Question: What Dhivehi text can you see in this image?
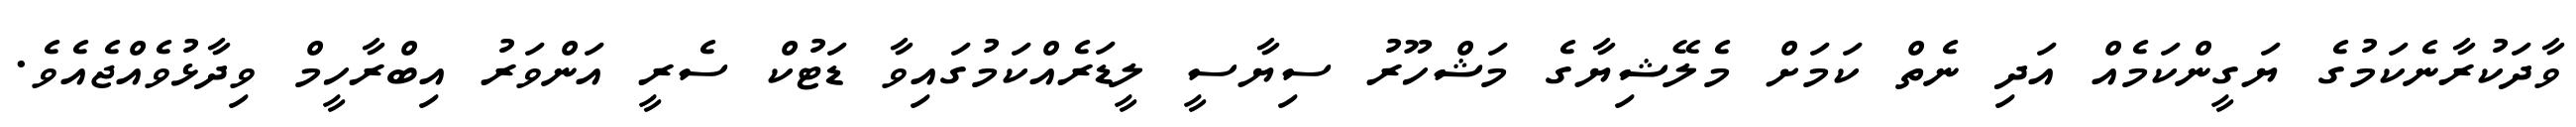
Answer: ވާދަކުރާނެކަމުގެ ޔަގީންކަމެއް އަދި ނެތް ކަމަށް މެލޭޝިޔާގެ މަޝްހޫރު ސިޔާސީ ލީޑަރެއްކަމުގައިވާ ޑަޓުކް ސެރީ އަންވަރު އިބްރާހީމް ވިދާޅުވެއްޖެއެވެ.